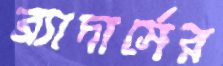
ব্র্যাদার্সের